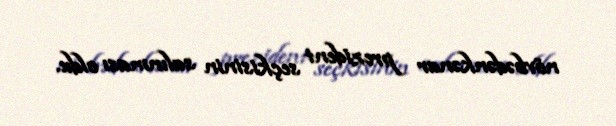
növbədənkənar prezident seçkisinin salınması oldu.